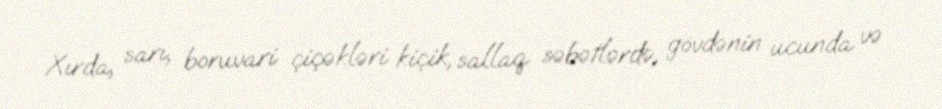
Xırda, sarı, boruvari çiçəkləri kiçik, sallaq səbətlərdə, gövdənin ucunda və